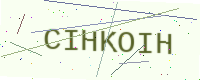
Text: CIHKOIH